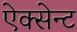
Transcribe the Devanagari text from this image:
ऐक्सेन्ट